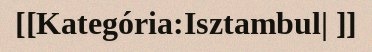
[[Kategória:Isztambul| ]]